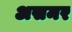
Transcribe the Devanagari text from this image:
असमर